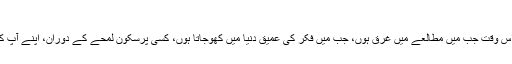
سائمنڈز لکھتا ہے:
”اچانک چرچ میں یا دوستوں کے درمیان، خاص طورپراس وقت جب میں مطالعے میں غرق ہوں، جب میں فکر کی عمیق دنیا میں کھوجاتا ہوں، کسی پرسکون لمحے کے دوران، اپنے آپ کو ایک طاقتور بے انائی طاقت کے گھیرے میں پاتا ہوں۔